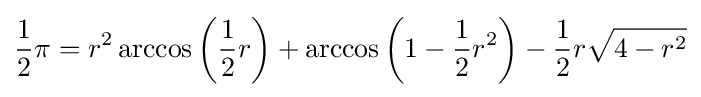
{\frac {1}{2}}\pi =r^{2}\arccos \left({\frac {1}{2}}r\right)+\arccos \left(1-{\frac {1}{2}}r^{2}\right)-{\frac {1}{2}}r{\sqrt {4-r^{2}}}